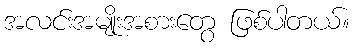
အလင်းအမျိုးအစားတွေ ဖြစ်ပါတယ်။